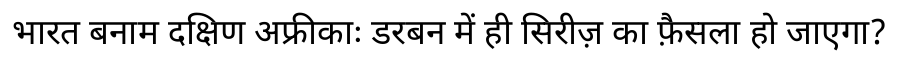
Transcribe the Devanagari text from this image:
भारत बनाम दक्षिण अफ्रीकाः डरबन में ही सिरीज़ का फ़ैसला हो जाएगा?